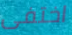
اختفى